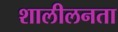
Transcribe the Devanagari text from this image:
शालीलनता